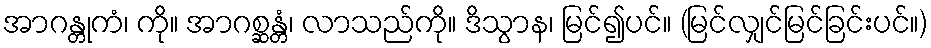
အာဂန္တုကံ၊ ကို။ အာဂစ္ဆန္တံ၊ လာသည်ကို။ ဒိသွာန၊ မြင်၍ပင်။ (မြင်လျှင်မြင်ခြင်းပင်။)